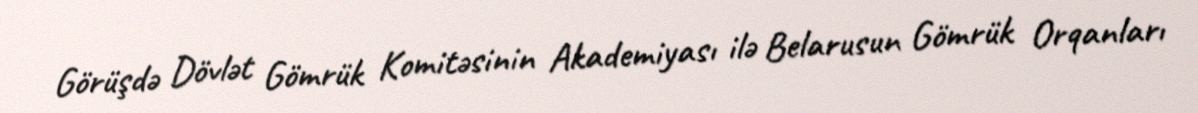
Görüşdə Dövlət Gömrük Komitəsinin Akademiyası ilə Belarusun Gömrük Orqanları